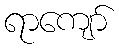
ရာကျော်